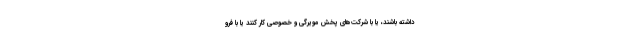
داشته باشند، یا با شرکت‌های پخش مویرگی و خصوصی کار کنند یا با فرو